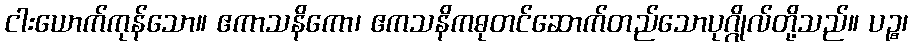
ငါးယောက်ကုန်သော။ ဧကာသနိကော၊ ဧကသနိကဓုတင်ဆောက်တည်သောပုဂ္ဂိုလ်တို့သည်။ ပဉ္စ၊